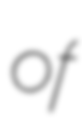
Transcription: of